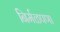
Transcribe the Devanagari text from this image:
निर्मळपणा